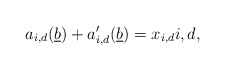
\begin{align*}a_{i,d}(\underline{b}) + a'_{i,d}(\underline{b}) = x_{i,d} i,d,\end{align*}